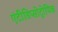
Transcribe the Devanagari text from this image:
एंटीडिप्सोट्रोपिक